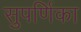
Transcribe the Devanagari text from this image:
सुपर्णिका